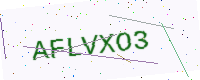
Text: AFLVXO3